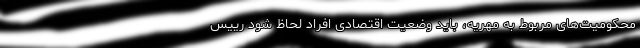
محکومیت‌های مربوط به مهریه، باید وضعیت اقتصادی افراد لحاظ شود رییس